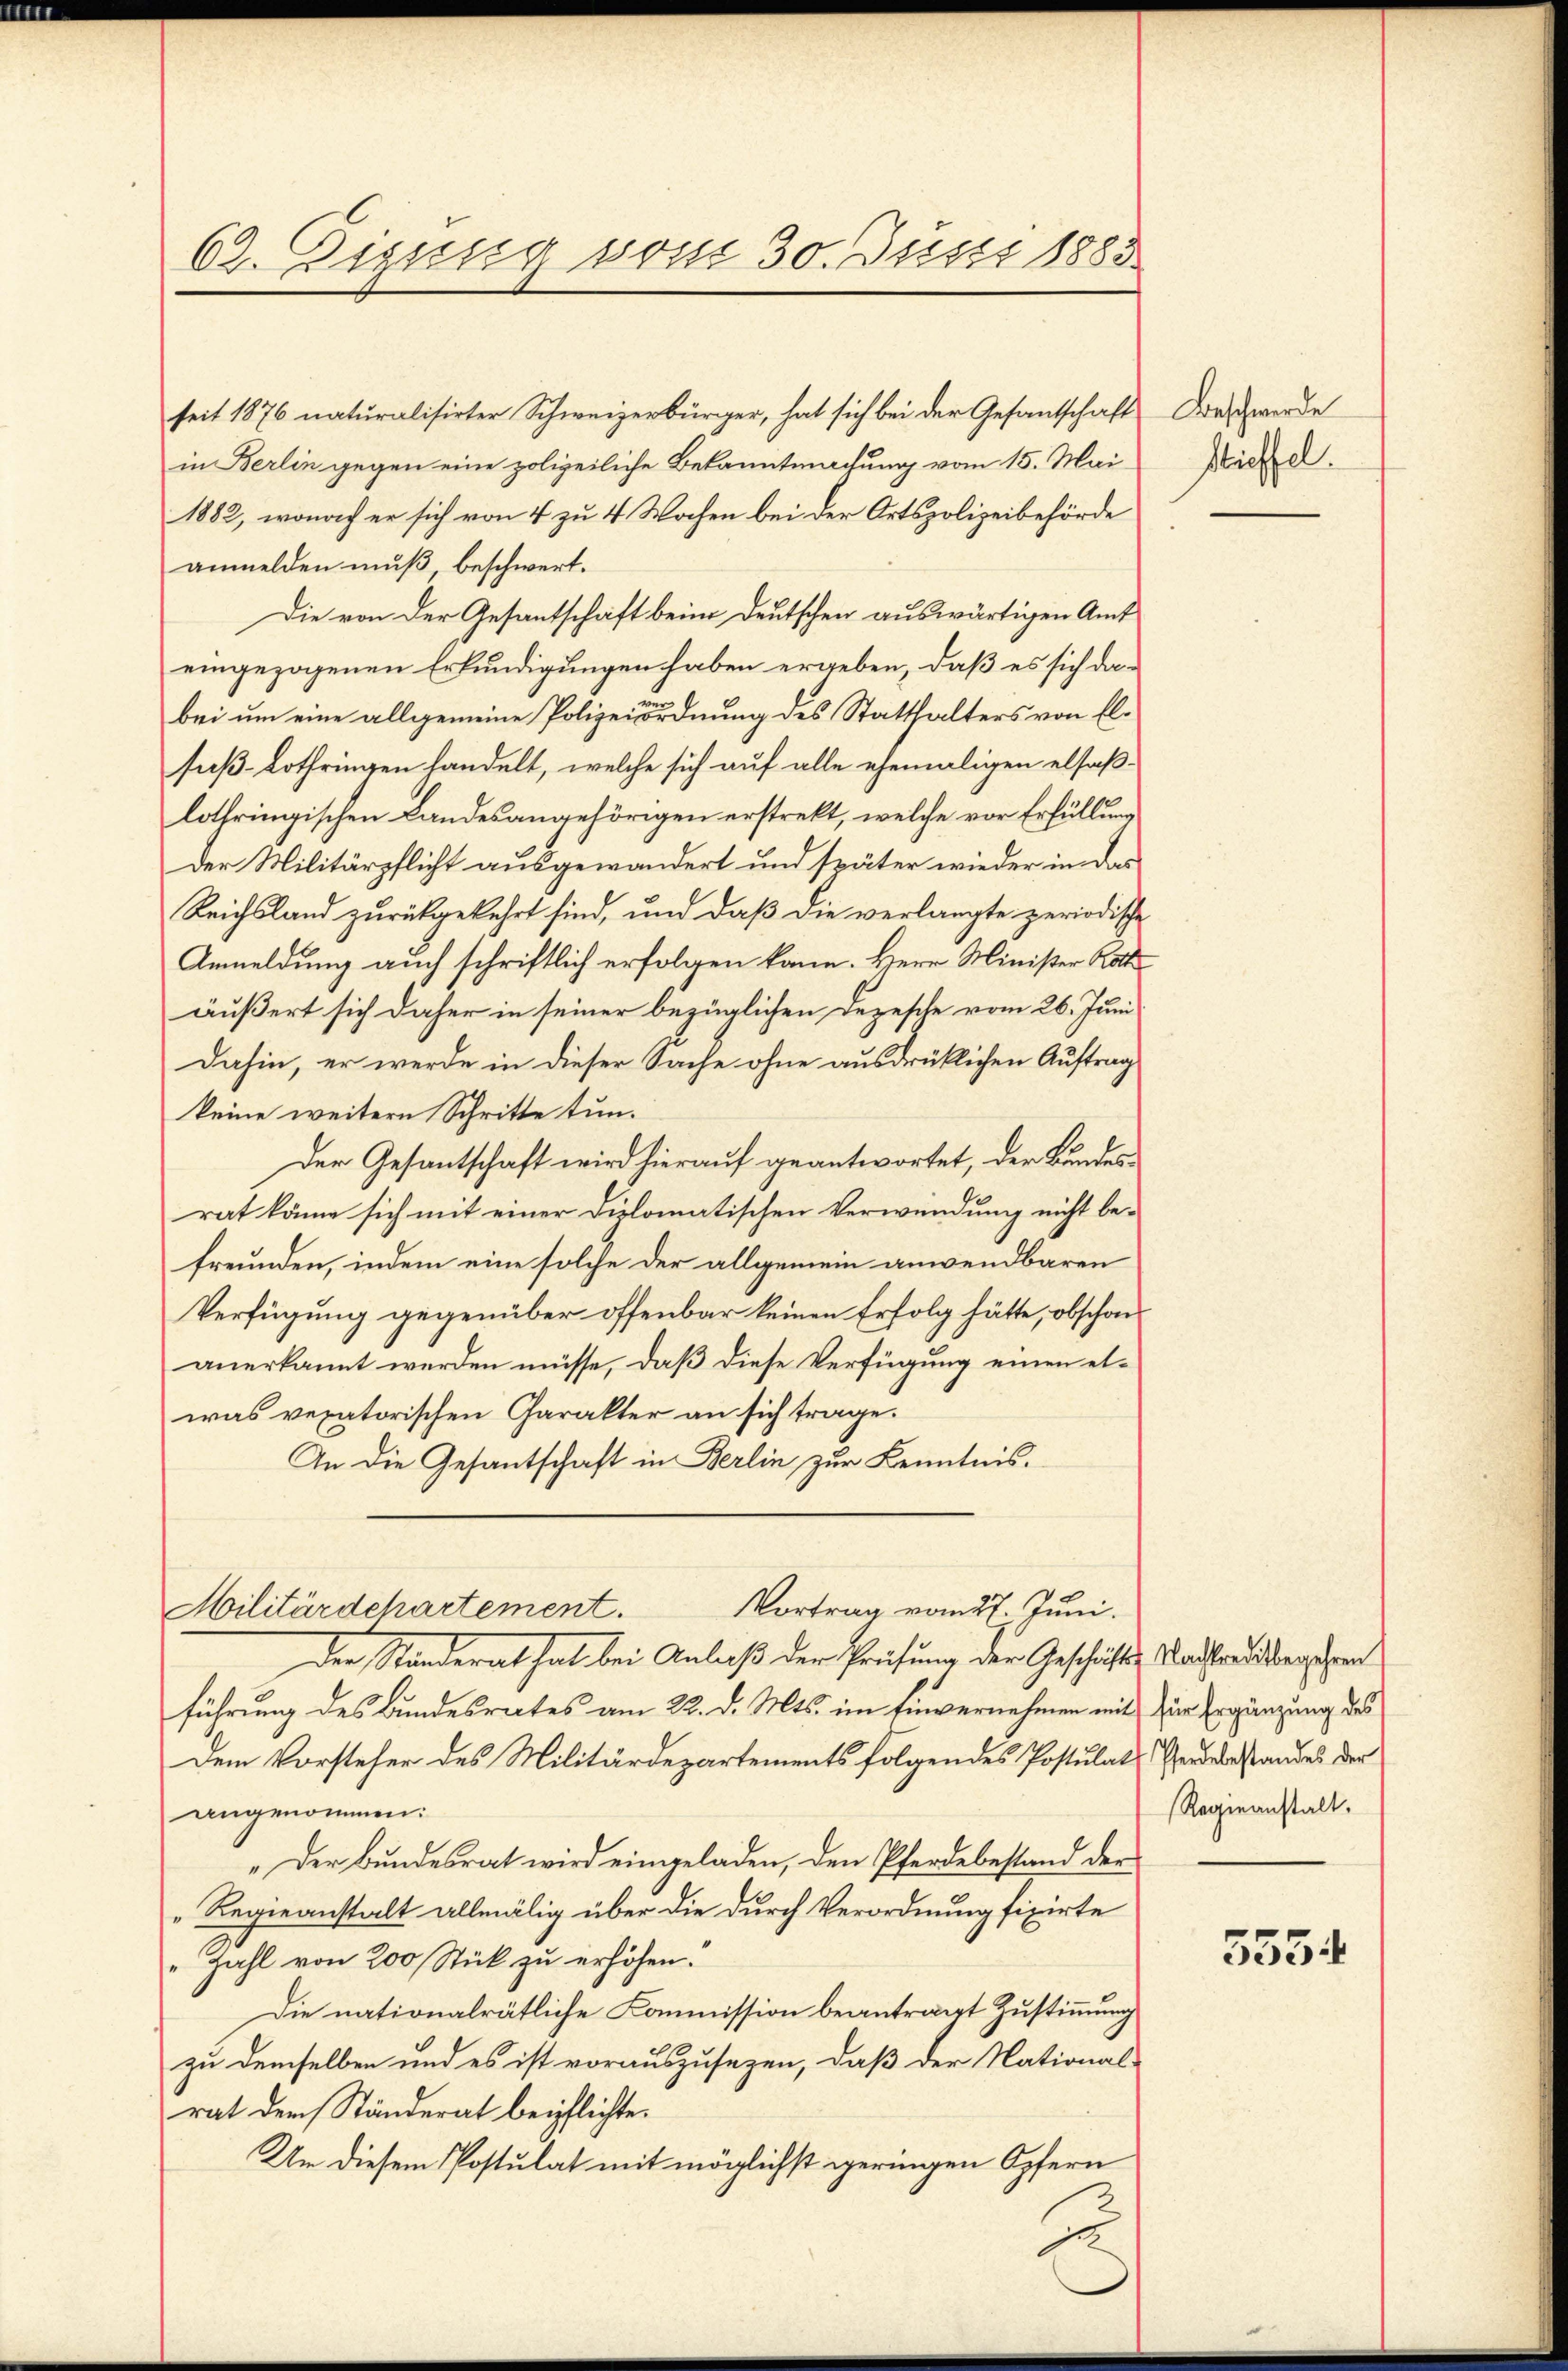
62. Diesig vom 30. Justi 1885

in Berlin gegen eine polizeiliche Bekanntmachung vom 15. Mai
1882, wonach er sich von 4 zu 4 Wochen bei der Ortspolizeibehörde
anmelden muß, beschwert.
Die von der Gesantschaft beim Deutschen auswärtigen Amt
eingezogenen Erkundigungen haben ergeben, daß es sich dabei um eine allgemeine Polizeyordnung des Statthalters von Elsaß-Lothringen handelt, welche sich auf alle ehemaligen elsaß-
lothringischen Landesangehörigen erstrekt, welche vor Erfüllung
Der Militärpflicht ausgewandert und später wieder in das
Reichsland zurückgekehrt sind, und daß die verlangte periodische
Anmeldung auch schriftlich erfolgen kann. Herr Minister Rottäußert sich daher in seiner bezüglichen Dezesche vom 26. Juni
dahin, er werde in dieser Sache ohne ausdrüklichen Auftrag
keine weitern Schritte tun.
Der Gesantschaft wird hierauf geantwortet, der Bundesrat könne sich mit einer Diplomatischen Verwendung nicht be-
freunden, indem eine solche der allgemein anwendbaren
Verfügung gegenüber offenbar keinen Erfolg hätte, obschananerkannt werden müsse, daß diese Verfügung einen etwas vexatorischen Charakter an sich trage.
An die Gesantschaft in Berlin zur Kenntnis.

seit 1876 naturalisirter Schweizerbürger, hat sich bei der Gesantschaft Dreschwerde

Der Standerat hat bei Anlaß der Prüfung der Geschäfte Nachtrassenschen
führung des Bundesrates am 22. d. Mts. im Einvernehmen mit zur Ergänzung des
Dem Vorsteher des Militärdepartements folgendes Postulat Herdebestandes der
angenommen.
„Der Bundesrat wird eingeladen, den Pferdebestand der
Regieanstalt allmälig über die durch Verordnung fixirte
„Zahl von 200 Stück zu erhöhen.
Die nationalrätliche Commission beantragt Zustimmung
zu demselben und es ist vorauszusezen, daß der National-
rat der Ständerat beipflichte.
Um diesem Postulat mit möglichst geringen Opfern

Vortrag vom 27. Juni.
Militärdchartement.

Stieffel.

Regieanstalt.

5554